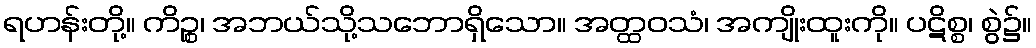
ရဟန်းတို့။ ကိဉ္စ၊ အဘယ်သို့သဘောရှိသော။ အတ္ထဝသံ၊ အကျိုးထူးကို။ ပဋိစ္စ၊ စွဲ၌။